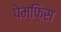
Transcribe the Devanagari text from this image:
पेम्फ़िस